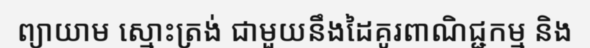
ព្យាយាម ស្មោះត្រង់ ជាមួយនឹងដៃគូរពាណិជ្ជកម្ម និង